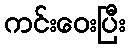
ကင်းဝေးပြီး